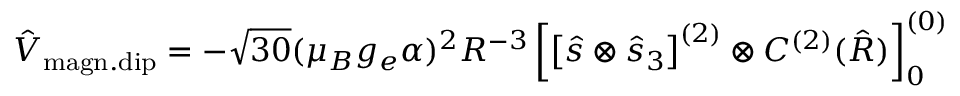
\hat { V } _ { \mathrm { m a g n . d i p } } = - \sqrt { 3 0 } ( \mu _ { B } g _ { e } \alpha ) ^ { 2 } R ^ { - 3 } \left[ \left[ \hat { s } \otimes \hat { s } _ { 3 } \right] ^ { ( 2 ) } \otimes C ^ { ( 2 ) } ( \hat { R } ) \right] _ { 0 } ^ { ( 0 ) }